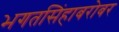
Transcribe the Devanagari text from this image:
भगतसिंहाबरोबर